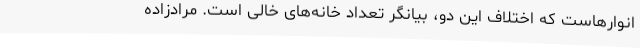
انوارهاست که اختلاف این دو، بیانگر تعداد خانه‌های خالی ا‌ست. مرادزاده